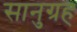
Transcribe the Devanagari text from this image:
सानुग्रह